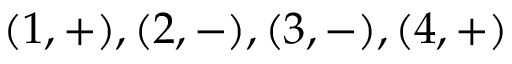
( 1 , + ) , ( 2 , - ) , ( 3 , - ) , ( 4 , + )